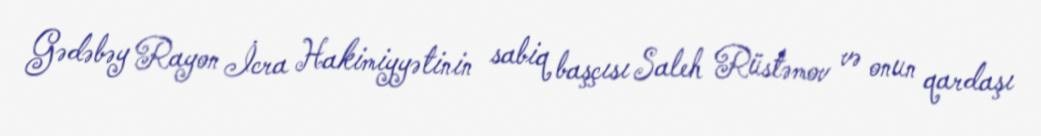
Gədəbəy Rayon İcra Hakimiyyətinin sabiq başçısı Saleh Rüstəmov və onun qardaşı